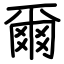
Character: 爾